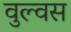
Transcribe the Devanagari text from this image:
वुल्वस